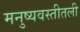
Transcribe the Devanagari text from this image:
मनुष्यवस्तीतली